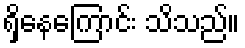
ရှိနေကြောင်း သိသည်။